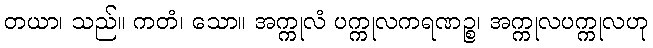
တယာ၊ သည်။ ကတံ၊ သော။ အက္ကုလံ ပက္ကုလကရဏဉ္စ၊ အက္ကုလပက္ကုလဟု